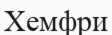
Хемфри